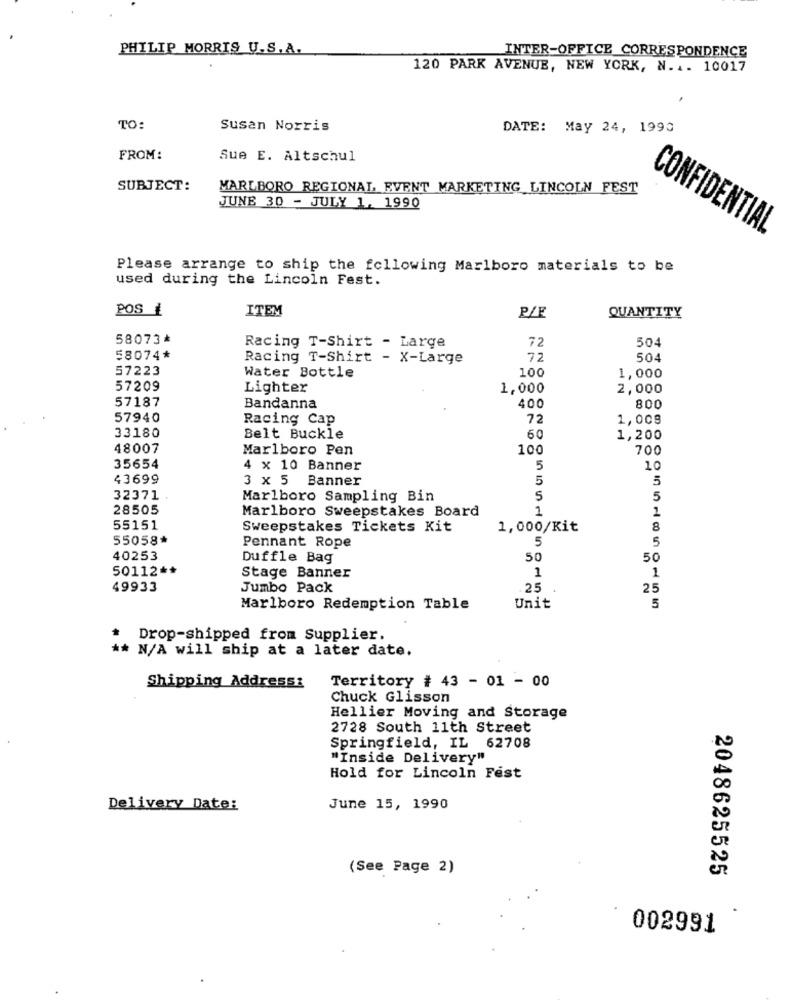
PHILIP MORRIS U.S.A.
INTER-OFFICE CORRESPONDENCE
120 PARK AVENUE, NEW YORK, N. .. 10017
TO:
Susan Norris
DATE: May 24, 1990
FROM:
Sue E. Altschul
SUBJECT:
MARLBORO REGIONAL, EVENT MARKETING LINCOLN FEST
JUNE 30 - JULY 1, 1990
CONFIDENTIAL
Please arrange to ship the following Marlboro materials to be
used during the Lincoln Fest.
POS
ITEM
P/F
QUANTITY
58073*
504
Racing T-Shirt - Large
72
58074*
Racing T-Shirt - X-Large
72
504
57223
Water Bottle
100
1,000
57209
Lighter
1,000
2,000
57187
400
Bandanna
800
57940
Racing Cap
72
1,008
33180
Belt Buckle
60
1,200
48007
Marlboro Pen
100
700
35654
4 × 10 Banner
5
10
43699
3 x 5 Banner
5
5
32371
Marlboro Sampling Bin
5
5
28505
Marlboro Sweepstakes Board
1
1
55151
Sweepstakes Tickets Kit
1,000/Kit
8
55058*
5
Pennant Rope
5
40253
Duffle Bag
50
50
50112++
Stage Banner
1
1
49933
Jumbo Pack
25
25
Marlboro Redemption Table
Unit
5
Drop-shipped from Supplier.
** N/A will ship at a later date.
Territory # 43 - 01 - 00
Shipping Address:
Chuck Glisson
Hellier Moving and Storage
2728 South 11th Street
Springfield, IL 62708
"Inside Delivery"
Hold for Lincoln Fest
Delivery Date:
June 15, 1990
(See Page 2)
2048625525
002991